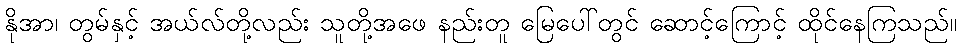
နိုအာ၊ တွမ်နှင့် အယ်လ်တို့လည်း သူတို့အဖေ နည်းတူ မြေပေါ်တွင် ဆောင့်ကြောင့် ထိုင်နေကြသည်။